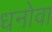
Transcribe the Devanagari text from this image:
धनोवा